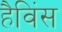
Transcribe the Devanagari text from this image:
हैविंस